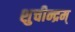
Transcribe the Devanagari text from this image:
शुचीन्द्रम्